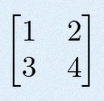
\begin{bmatrix}1&2\\3&4\end{bmatrix}